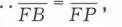
如图，矩形\(ABCD\)，\(AB = 1\)，\(BC = 2\)，点\(A\)在\(x\)轴正半轴上，点\(D\)在\(y\)轴正半轴上．当点\(A\)在\(x\)轴上运动时，点\(D\)也随之在\(y\)轴上运动，在这个运动过程中，点\(C\)到原点\(O\)的最大距离为 \(\underline{\quad\quad}\)．